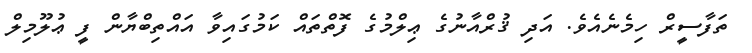
ތަފާސީރް ހިމެނެއެވެ. އަދި ޤުރްއާނުގެ ޢިލްމުގެ ފޮތްތައް ކަމުގައިވާ އައްތިބްޔާން ފީ ޢުލޫމިލް